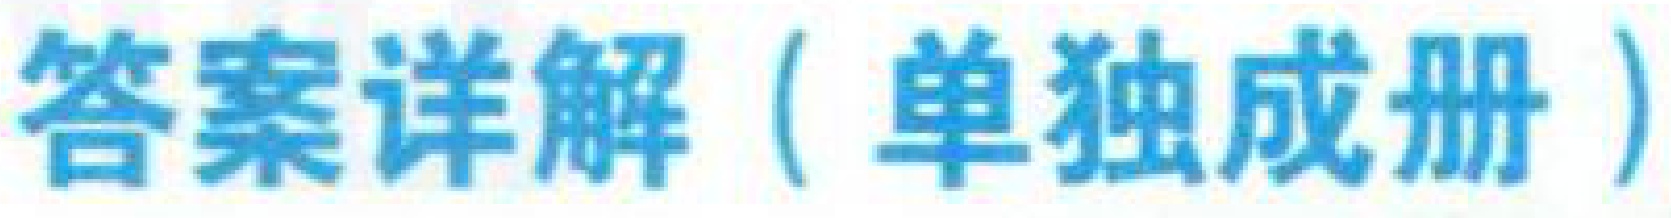
答案详解（单独成册）